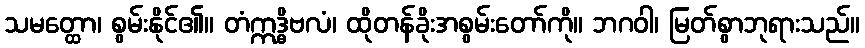
သမတ္ထော၊ စွမ်းနိုင်၏။ တံဣဒ္ဓိဗလံ၊ ထိုတန်ခိုးအစွမ်းတော်ကို။ ဘဂဝါ၊ မြတ်စွာဘုရားသည်။